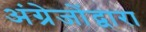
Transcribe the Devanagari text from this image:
अंग्रेजोंद्वारा